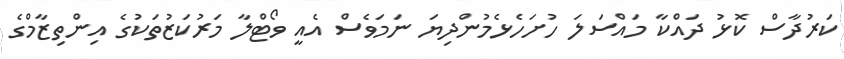
ކަރުދާސް ކޮޅު ދައްކާ މައްސަލަ ހުށަހެޅެމުންދިޔަ ނަމަވެސް އެއީ ވޯޓްލާ މަރުކަޒުތަކުގެ އިންތިޒާމްގެ